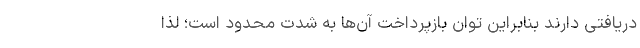
دریافتی دارند بنابراین توان بازپرداخت آن‌ها به شدت محدود است؛ لذا